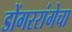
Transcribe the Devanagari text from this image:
डोंगररांगेचा